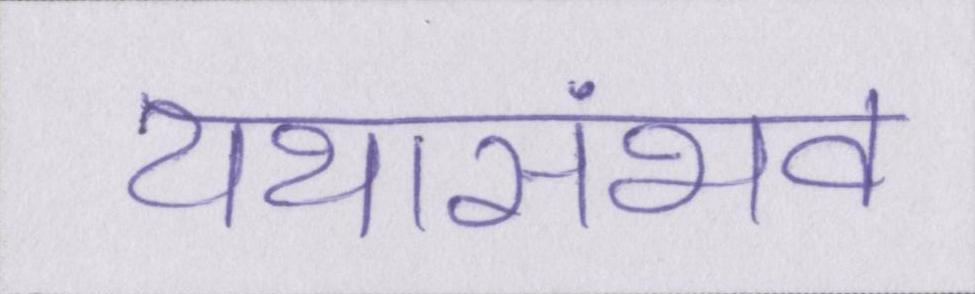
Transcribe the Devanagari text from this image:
यथासंभव